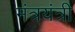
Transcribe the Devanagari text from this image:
मंत्रयंत्री